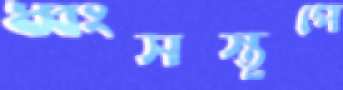
ধ্বংসস্তূপে